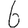
Digit: 6